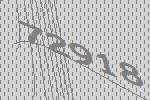
72918